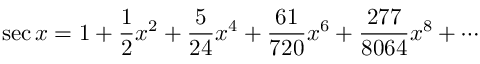
\sec x = 1 + { \frac { 1 } { 2 } } x ^ { 2 } + { \frac { 5 } { 2 4 } } x ^ { 4 } + { \frac { 6 1 } { 7 2 0 } } x ^ { 6 } + { \frac { 2 7 7 } { 8 0 6 4 } } x ^ { 8 } + \cdots